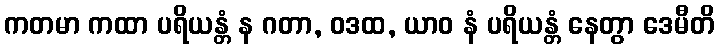
ကတမာ ကထာ ပရိယန္တံ န ဂတာ, ဝဒထ, ယာဝ နံ ပရိယန္တံ နေတွာ ဒေမီတိ